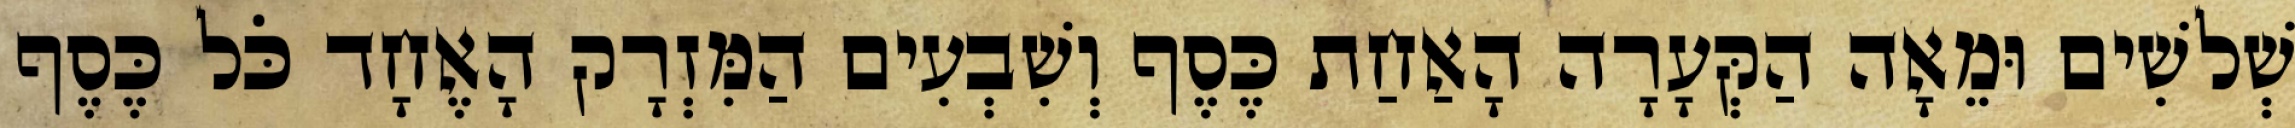
שְׁלשִׁים וּמֵאָה הַקְּעָרָה הָאַחַת כֶּסֶף וְשִׁבְעִים הַמִּזְרָק הָאֶחָד כֹּל כֶּסֶף